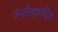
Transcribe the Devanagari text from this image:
जनोत्पादित